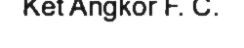
Ket Angkor F. C.